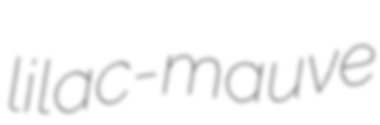
lilac-mauve